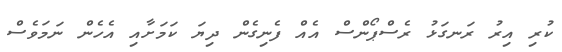
ކުރި އިރު ރަނގަޅު ރެސްޕޯންސް އެއް ފެނިގެން ދިޔަ ކަމަށާއި އެހެން ނަމަވެސް